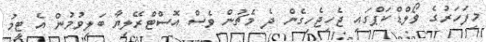
މިފަހަރުގެ ވޯލްޑްކަޕްގައި ޖެހިޖެހިގެން ދެ މެޗުން ވެސް އޮސްޓްރޭލިޔާ ބަލިވުމުން އެ ޓީމު